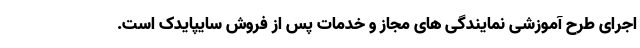
اجرای طرح آموزشی نمایندگی های مجاز و خدمات پس از فروش سایپایدک است.